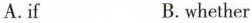
A.if B.whether